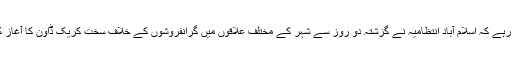
واضح رہے کہ اسلام آباد انتظامیہ نے گزشتہ دو روز سے شہر کے مختلف علاقوں میں گرانفروشوں کے خلاف سخت کریک ڈاوٗن کا آغاز کیا ہے۔